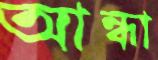
আন্ধা